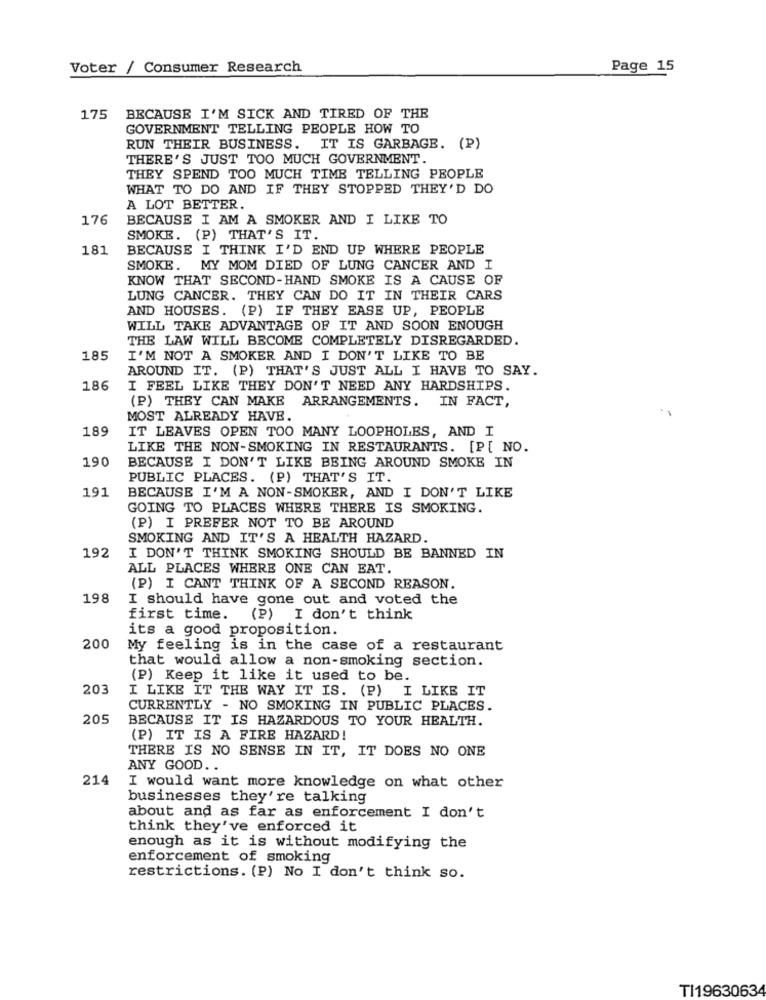
Voter / Consumer Research
Page 15
175
BECAUSE I'M SICK AND TIRED OF THE
GOVERNMENT TELLING PEOPLE HOW TO
RUN THEIR BUSINESS. IT IS GARBAGE. (P)
THERE'S JUST TOO MUCH GOVERNMENT.
THEY SPEND TOO MUCH TIME TELLING PEOPLE
WHAT TO DO AND IF THEY STOPPED THEY'D DO
A LOT BETTER.
176
BECAUSE I AM A SMOKER AND I LIKE TO
SMOKE. (P) THAT'S IT.
181
BECAUSE I THINK I'D END UP WHERE PEOPLE
SMOKE. MY MOM DIED OF LUNG CANCER AND I
KNOW THAT SECOND-HAND SMOKE IS A CAUSE OF
LUNG CANCER. THEY CAN DO IT IN THEIR CARS
AND HOUSES. (P) IF THEY EASE UP, PEOPLE
WILL TAKE ADVANTAGE OF IT AND SOON ENOUGH
THE LAW WILL BECOME COMPLETELY DISREGARDED.
185
I'M NOT A SMOKER AND I DON'T LIKE TO BE
AROUND IT. (P) THAT'S JUST ALL I HAVE TO SAY.
186
I FEEL LIKE THEY DON'T NEED ANY HARDSHIPS.
(P) THEY CAN MAKE ARRANGEMENTS. IN FACT,
MOST ALREADY HAVE.
189
IT LEAVES OPEN TOO MANY LOOPHOLES, AND I
LIKE THE NON-SMOKING IN RESTAURANTS. [P[ NO.
190
BECAUSE I DON'T LIKE BEING AROUND SMOKE IN
PUBLIC PLACES. (P) THAT'S IT.
191
BECAUSE I'M A NON-SMOKER, AND I DON'T LIKE
GOING TO PLACES WHERE THERE IS SMOKING.
(P) I PREFER NOT TO BE AROUND
SMOKING AND IT'S A HEALTH HAZARD.
192
I DON'T THINK SMOKING SHOULD BE BANNED IN
ALL PLACES WHERE ONE CAN EAT
(P) I CANT THINK OF A SECOND REASON.
198
I should have gone out and voted the
first time.
(P) I don't think
its a good proposition.
200
My feeling is in the case of a restaurant
that would allow a non-smoking section.
(P) Keep it like it used to be.
203
I LIKE IT THE WAY IT IS. (P) I LIKE IT
CURRENTLY - NO SMOKING IN PUBLIC PLACES.
205
BECAUSE IT IS HAZARDOUS TO YOUR HEALTH.
(P) IT IS A FIRE HAZARD!
THERE IS NO SENSE IN IT, IT DOES NO ONE
ANY GOOD ..
214
I would want more knowledge on what other
businesses they're talking
about and as far as enforcement I don't
think they've enforced it
enough as it is without modifying the
enforcement of smoking
restrictions. (P) No I don't think so.
TI19630634